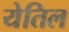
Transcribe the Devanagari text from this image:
येतिल